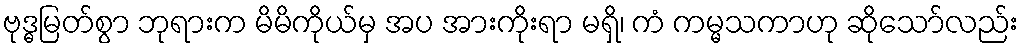
ဗုဒ္ဓမြတ်စွာ ဘုရားက မိမိကိုယ်မှ အပ အားကိုးရာ မရှိ၊ ကံ ကမ္မသကာဟု ဆိုသော်လည်း